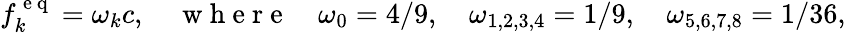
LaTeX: f_{k}^{\mathrm{~e~q~}}=\omega_{k}c,\quad\mathrm{~w~h~e~r~e~}\quad\omega_{0}=4/9,\quad\omega_{1,2,3,4}=1/9,\quad\omega_{5,6,7,8}=1/36,